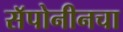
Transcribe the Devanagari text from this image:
सॅपोनीनचा